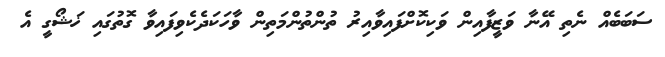
ސަބަބެއް ނެތި އޭނާ ވަޒީފާއިން ވަކިކޮށްފައިވާއިރު ތުންތުންމަތިން ވާހަކަދެކެވިފައިވާ ގޮތުގައި ޚަޝޯގީ އެ